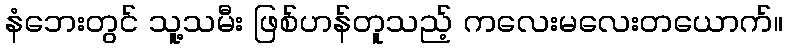
နံဘေးတွင် သူ့သမီး ဖြစ်ဟန်တူသည့် ကလေးမလေးတယောက်။